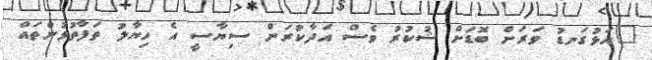
"އަޅުގަނޑު ވަރަށް ބޮޑަށް ޝުކުރު ވެސް އަދާކުރަން ސިޔާސީ އެ ހިޔާލު ތަފާތުވުންތައް